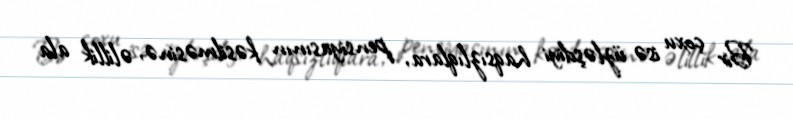
Bir çoxu isə üzləşdiyi haqsızlıqlara, pensiyasının kəsilməsinə, əlillik ala